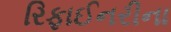
રિફાઈનરીના